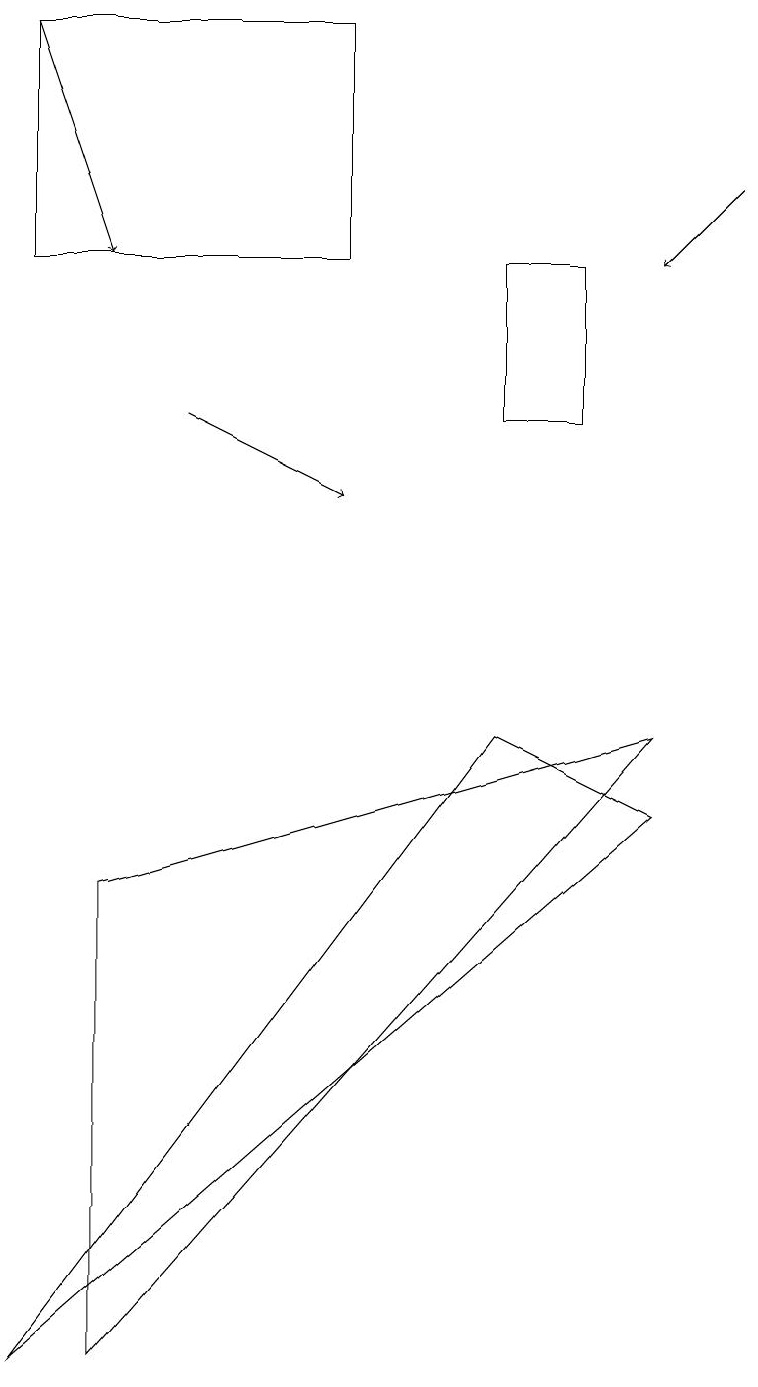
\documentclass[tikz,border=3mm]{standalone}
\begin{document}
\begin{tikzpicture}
\draw (7,12) rectangle (6,14);
\draw[->] (9,15) -- (8,14);
\draw (0,17) rectangle (4,14);
\draw[->] (0,17) -- (1,14);
\draw[->] (2,12) -- (4,11);
\draw (1,6) -- (1,0) -- (8,8) -- cycle;
\draw (8,7) -- (6,8) -- (0,0) -- cycle;
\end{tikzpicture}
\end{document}